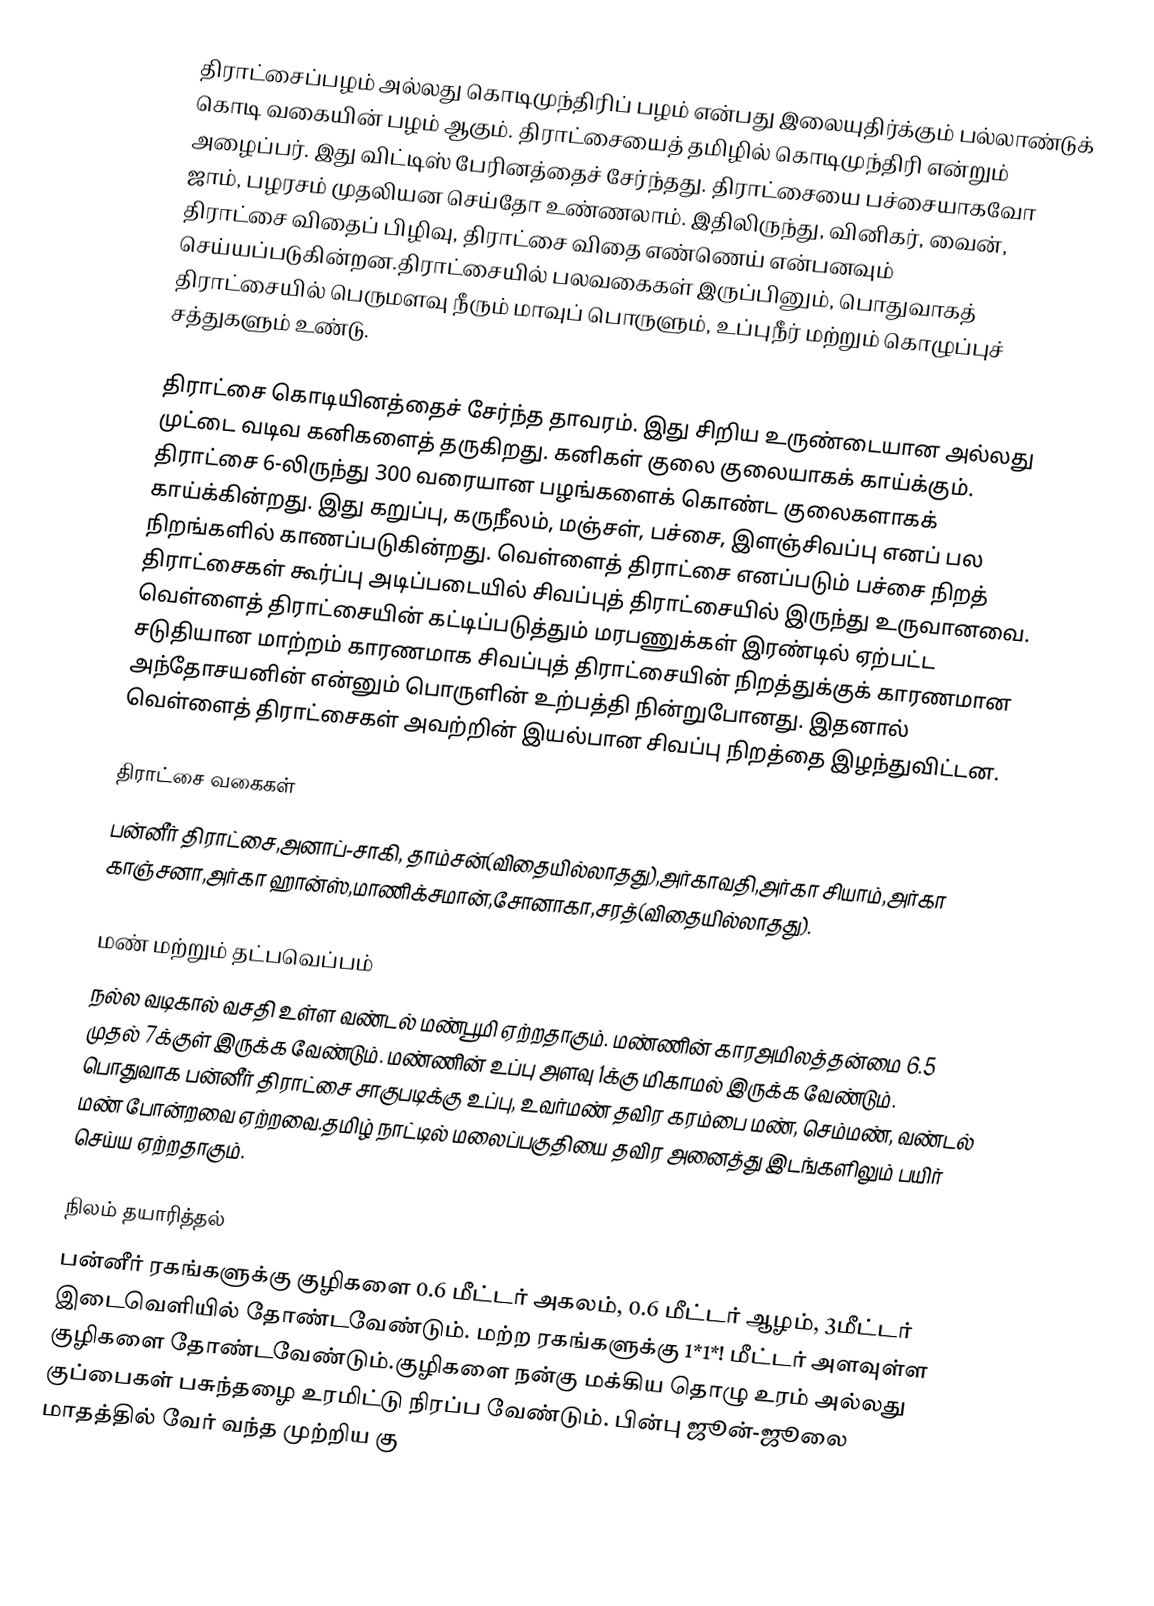
திராட்சைப்பழம் அல்லது கொடிமுந்திரிப் பழம் என்பது இலையுதிர்க்கும் பல்லாண்டுக் கொடி வகையின் பழம் ஆகும். திராட்சையைத் தமிழில் கொடிமுந்திரி என்றும் அழைப்பர். இது விட்டிஸ் பேரினத்தைச் சேர்ந்தது. திராட்சையை பச்சையாகவோ ஜாம், பழரசம் முதலியன செய்தோ உண்ணலாம். இதிலிருந்து, வினிகர், வைன், திராட்சை விதைப் பிழிவு, திராட்சை விதை எண்ணெய் என்பனவும் செய்யப்படுகின்றன.திராட்சையில் பலவகைகள் இருப்பினும், பொதுவாகத் திராட்சையில் பெருமளவு நீரும் மாவுப் பொருளும், உப்புநீர் மற்றும் கொழுப்புச் சத்துகளும் உண்டு.

திராட்சை கொடியினத்தைச் சேர்ந்த தாவரம். இது சிறிய உருண்டையான அல்லது முட்டை வடிவ கனிகளைத் தருகிறது. கனிகள் குலை குலையாகக் காய்க்கும். திராட்சை 6-லிருந்து  300 வரையான பழங்களைக் கொண்ட குலைகளாகக் காய்க்கின்றது. இது கறுப்பு, கருநீலம், மஞ்சள், பச்சை, இளஞ்சிவப்பு எனப் பல நிறங்களில் காணப்படுகின்றது. வெள்ளைத் திராட்சை எனப்படும் பச்சை நிறத் திராட்சைகள் கூர்ப்பு அடிப்படையில் சிவப்புத் திராட்சையில் இருந்து உருவானவை. வெள்ளைத் திராட்சையின் கட்டிப்படுத்தும் மரபணுக்கள் இரண்டில் ஏற்பட்ட சடுதியான மாற்றம் காரணமாக சிவப்புத் திராட்சையின் நிறத்துக்குக் காரணமான அந்தோசயனின் என்னும் பொருளின் உற்பத்தி நின்றுபோனது. இதனால் வெள்ளைத் திராட்சைகள் அவற்றின் இயல்பான சிவப்பு நிறத்தை இழந்துவிட்டன.

திராட்சை  வகைகள்
பன்னீர் திராட்சை,அனாப்-சாகி, தாம்சன்(விதையில்லாதது),அர்காவதி,அர்கா சியாம்,அர்கா காஞ்சனா,அர்கா ஹான்ஸ்,மாணிக்சமான்,சோனாகா,சரத்(விதையில்லாதது).

மண் மற்றும் தட்பவெப்பம்
நல்ல வடிகால் வசதி உள்ள வண்டல் மண்பூமி ஏற்றதாகும். மண்ணின் காரஅமிலத்தன்மை 6.5 முதல் 7க்குள் இருக்க வேண்டும். மண்ணின் உப்பு அளவு 1க்கு மிகாமல் இருக்க வேண்டும். பொதுவாக பன்னீர் திராட்சை சாகுபடிக்கு உப்பு, உவர்மண் தவிர கரம்பை மண், செம்மண், வண்டல் மண் போன்றவை ஏற்றவை.தமிழ் நாட்டில் மலைப்பகுதியை தவிர அனைத்து இடங்களிலும் பயிர் செய்ய ஏற்றதாகும்.

நிலம் தயாரித்தல்
பன்னீர் ரகங்களுக்கு குழிகளை 0.6 மீட்டர் அகலம், 0.6 மீட்டர் ஆழம், 3மீட்டர் இடைவெளியில் தோண்டவேண்டும். மற்ற ரகங்களுக்கு 1*1*! மீட்டர் அளவுள்ள குழிகளை தோண்டவேண்டும்.குழிகளை நன்கு மக்கிய தொழு உரம் அல்லது குப்பைகள் பசுந்தழை உரமிட்டு நிரப்ப வேண்டும். பின்பு ஜூன்-ஜூலை மாதத்தில் வேர் வந்த முற்றிய கு